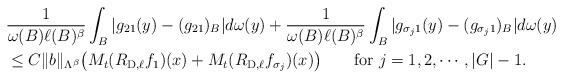
LaTeX: \begin{align*}&\frac1{\omega(B) \ell(B)^\beta}\int_B |g_{21}(y)-(g_{21})_B|d\omega(y)+\frac1{\omega(B) \ell(B)^\beta}\int_B |g_{\sigma_j1}(y)-(g_{\sigma_j1})_B|d\omega(y)\\&\le C\|b\|_{\Lambda^\beta}\big(M_t(R_{{\rm D},\ell}f_1)(x)+M_t(R_{{\rm D},\ell}f_{\sigma_j})(x)\big)\qquad\mbox{for }j=1,2,\cdots,|G|-1.\end{align*}